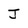
Character: J